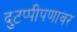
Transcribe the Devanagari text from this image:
दुटप्पीपणावर